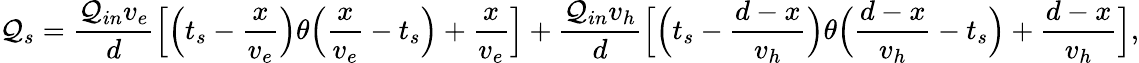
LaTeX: \mathcal{Q}_{s}=\frac{{\mathcal{Q}_{in}v_{e}}}{{d}}\Big[\Big(t_{s}-\frac{{x}}{{v_{e}}}\Big)\theta\Big(\frac{{x}}{{v_{e}}}-t_{s}\Big)+\frac{{x}}{{v_{e}}}\Big]+\frac{{\mathcal{Q}_{in}v_{h}}}{{d}}\Big[\Big(t_{s}-\frac{{d-x}}{{v_{h}}}\Big)\theta\Big(\frac{{d-x}}{{v_{h}}}-t_{s}\Big)+\frac{{d-x}}{{v_{h}}}\Big],